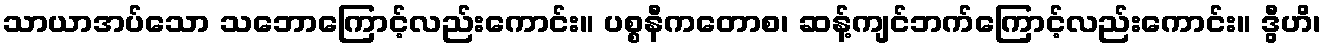
သာယာအပ်သော သဘောကြောင့်လည်းကောင်း။ ပစ္စနီကတောစ၊ ဆန့်ကျင်ဘက်ကြောင့်လည်းကောင်း။ ဒွီဟိ၊